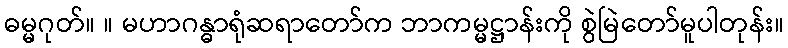
ဓမ္မဂုတ်။ ။ မဟာဂန္ဓာရုံဆရာတော်က ဘာကမ္မဋ္ဌာန်းကို စွဲမြဲတော်မူပါတုန်း။